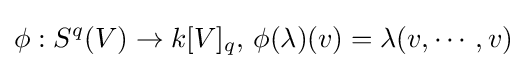
\phi :S^{q}(V)\to k[V]_{q},\,\phi (\lambda )(v)=\lambda (v,\cdots ,v)